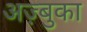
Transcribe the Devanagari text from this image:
अज़्बुका